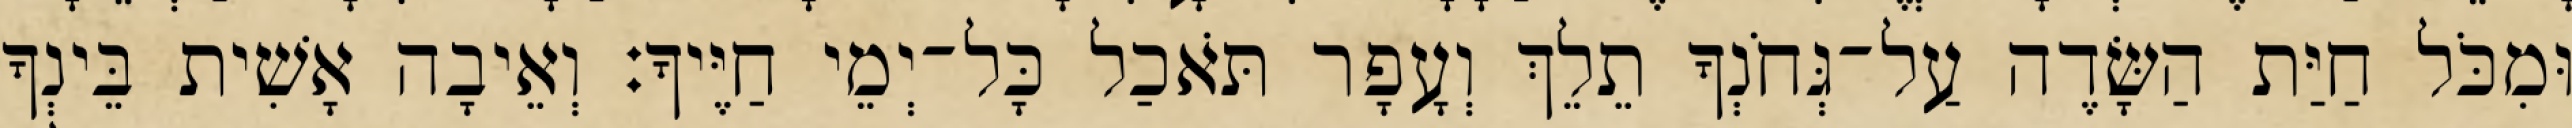
וּמִכֹּל חַיַּת הַשָּׂדֶה עַל־גְּחֹנְךָ תֵלֵךְ וְעָפָר תֹּאכַל כָּל־יְמֵי חַיֶּיךָ׃ וְאֵיבָה אָשִׁית בֵּינְךָ